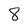
Character: 8